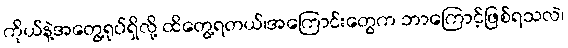
ကိုယ်နဲ့အတွေ့ရုပ်ရှိလို့ ထိတွေ့ရတယ်၊အကြောင်းတွေက ဘာကြောင့်ဖြစ်ရသလဲ၊